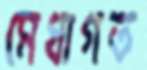
মেধাগত